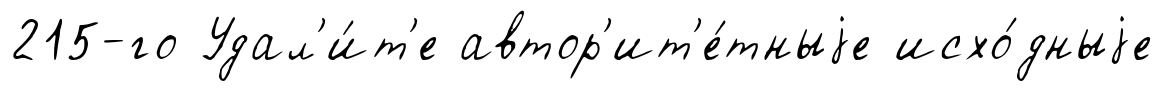
215-го Удал'и́т'е автор'ит'е́тныjе исхо́дныjе